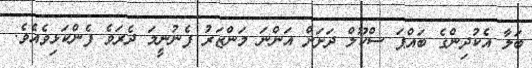
ބަލާ އެކުދިންގެ ބައްޕަ ސްކޫލް ދަށަށް އަންނަ މަންޒަރު ފެނުނީމަ ދެރަވެ ފެންކަޅިވެއެވެ.